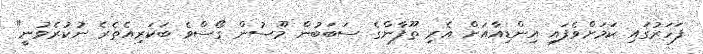
ފަހަރުގައި ކަމަށްވެފައި އިންޑިއާއަށް އެރި ތޫފާންގެ ސަބަބުން މޫސުން ގޯސްވެ ބަކަރިއެތެރެ ނުކުރެވުނީ"